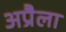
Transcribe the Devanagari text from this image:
अप्रैला